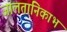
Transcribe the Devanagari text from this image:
जालतानिकाभ